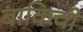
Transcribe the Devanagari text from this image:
बाकिची